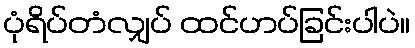
ပုံရိပ်တံလျှပ် ထင်ဟပ်ခြင်းပါပဲ။